Vital statistics of India. Vol. IV, Annual returns from 1871 to 1876. British Army of India, Native Army and jails of Bengal
Year: 1871
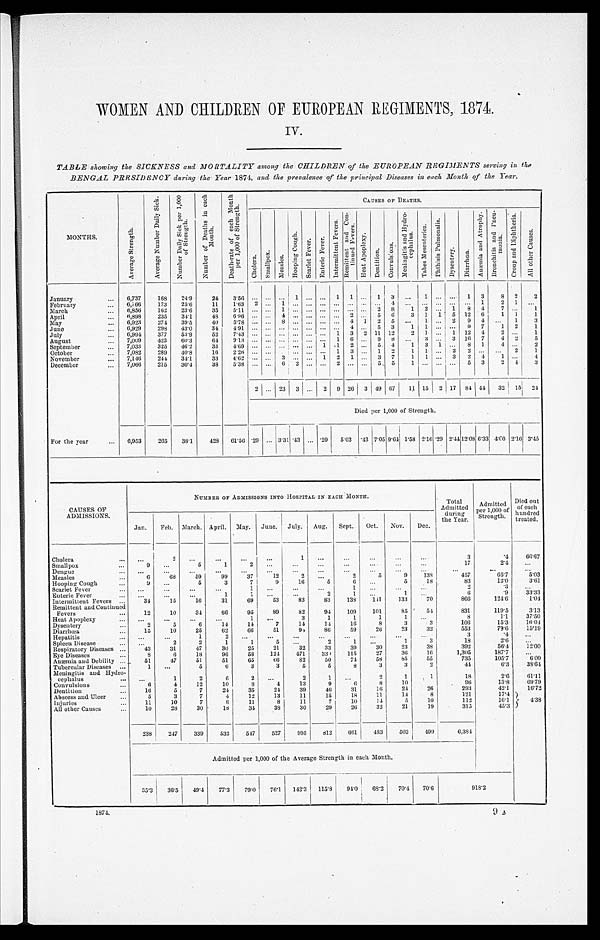
WOMEN AND CHILDREN OF EUROPEAN REGIMENTS, 1874.
IV.
TABLE showing the SICKNESS and MORTALITY among the CHILDREN of the EUROPEAN REGIMENTS serving in the
BENGAL PRESIDENCY during the Year 1874, and the prevalence of the principal Diseases in each Month of the Year.
MONTHS.
A v e r a g e S t r e n g t h .
A v e r a g e N u m b e r D a i l y S i c k .
N u m b e r D a i l y S i c k p e r 1 , 0 0 0 o f S t r e n g t h .
N u m b e r o f D e a t h s i n e a c h M o n t h .
D e a t h - r a t e o f e a c h M o n t h p e r 1 , 0 0 0 o f S t r e n g t h .
CAUSES OF DEATHS.
C h o l e r a .
S m a l l p o x .
M e a s l e s .
H o o p i n g C o u g h .
S c a r l e t F e v e r .
E n t e r i c F e v e r .
I n t e r m i t t e n t F e v e r s .
R e m i t t e n t a n d C o n - t i n u e d F e v e r s .
H e a t A p p o p l e x y .
Dent i t i on. Convul s i ons .
M e n i n g i t i s a n d H y d r o - c e p h a l u s .
T a b e s M e s e n t e r i c a .
P h t h i s i s P u l m o n a l i s .
D y s e n t e r y .
D i a r r h œ a .
A n æ m i a a n d A t r o p h y .
B r o n c h i t i s a n d P n e u - m o n i a .
C r o u p a n d D i p h t h e r i a .
A l l o t h e r C a u s e s .
January . . .
6,737
168
24.9
24
3.56
. . .
. . .
. . . 1
. . .
. . . 1
1
. . . 1
3
. . .
1 . . .
. . .
1
3
8
2
2
February . . .
6,766
173
25.6
1 1
1 . 6 3
2
. . .
1
. . .
. . .
. . .
. . .
. . .
. . .. . .
4
. . .
. . . . . .
. . .
. . . 1
2
1
. . .
March . . .
6, 856
162
23.6
3 5
5 . 1 1
. . .
. . .
1
. . .
. . .
. . .
. . .
. . .
. . . 2
8
1
2 . . .
1
8
4
7
. . .
1
April . . .
6,898
235
34.1
48
6.96
. . .
. . .
4
. . .
. . .
. . .
. . .
2
. . .5
6
3
1
1
5
12
6
1
1
1
May . . .
6,923
274
39.5
40
5.78
. . .
. . . 8
. . .
. . .
. . .
. . .
4
1
2
5
. . .
1 . . .
2
9
4
. . .
1
3
June . . .
6,929
298
43.0
3 4
4 . 9 1
. . .
. . .
. . .
. . .
. . .
. . .
. . .
4
. . .5
3
1
1 . . .
. . .
9
7
1
2
1
July . . .
6,994
377
53.9
52
7.43
. . .
. . .
. . .
. . .
. . .
. . . 1
3
2 11 12
2
1 . . .
1
12
4
2
. . .
1
August . . .
7,009
423
60.3
64
9.13
. . .
. . .
. . .
. . .
. . .
. . . 1
6
. . . 9
8
. . .
3 . . .
3
16
7
4
2
5
September . . .
7,033
325
46. 2
33
4.69
. . .
. . .
. . .
. . .
. . . 1
1
2
. . . 5
4
1
3
1
. . .
8
1
4
. . .
2
October . . .
7,082
289
40.8
16
2.26
. . .
. . .
. . .
. . .
. . .
. . . 1
3
. . . 1
2
1
1 . . .
2
2
. . .
. . .
2
1
November . . .
7,146
244
34.1
33
4.62
. . .
. . . 3
. . .
. . . 1
2
1
. . . 3
7
1
1 . . .
3
2
4
1
. . .
4
December . . .
7,066
215
30.4
38
5.38
. . .
. . . 6
2
. . .
. . . 2
. . .
. . . 5
5
1
. . . . . .
. . .
5
3
2
4
3
2
. . . 23
3
. . . 2
9 26
3 49 67
11 15
2 17
84 44
32
15
24
Died per 1,000 of Strength.
For the year . . .
6,953
265
38.1
428
61.56 .29
. . . 3.31 .43
. . . .29
5.03 .43 7.05 9.64 1.58 2.16 .29
2 . 4 4
1 2 . 0 8
6.33
4 . 6 0 2.16 3.45
CAUSES OF
ADMISSIONS.
NUMBER OF ADMISSIONS INTO HOSPITAL IN EACH MONTH.
Total
Admitted
during
the Year.
Admitted
per 1,000 of
Strength.
Died out
of each
hundred
treated.
Jan.
Feb.
March. April.
May.
June.
July.
Aug.
Sept.
Oct.
Nov.
Dec.
Cholera . . .
. . .
2
. . .
. . .
. . .
. . .
1
. . .
. . .
. . .
. . .
. . .
3
. 4
66.67
Smallpox . . .
9
. . .
5
1
2
. . .
. . .
. . .
. . .
. . .
. . .
. . .
17
2.4
. . .
Dengue . . .
. . .
. . .
. . .
. . .
. . .
. . .
. . .
. . .
. . .
. . .
. . .
. . .
. . .
. . .
. . .
Measles . . .
6
68
59
99
37
12
2
. . .
2
5
9
138
457
65.7
5.03
Hooping Cough . . .
9
. . .
5
3
7
9
16
5
6
. . .
5
18
83
12.0
3.61
Scarlet Fever . . .
. . .
. . .
. . .
. . .
1
. . .
. . .
. . .
1
. . .
. . .
. . .
2
.3
. . .
Enteric Fever . . .
. . .
. . .
. . .
1
1
. . .
. . .
2
1
. . .
1
. . .
6
. 9
33.33
Intermittent Fevers . . .
34
15
16
31
69
53
83
83
138
141
133
70
866
124.6
1.04
Remittent and Continued
Fevers . . .
12
10
34
66
95
89
82
94
109
101
85
54
831
119.5
3.13
Heat Apoplexy . . .
. . .
. . .
. . .
. . .
1
. . .
3
1
1
1
1
. . .
8
1.1
37.50
D y s e n t e r y . . .
2
5
6
14
14
7
14
14
16
8
3
3
106
15.3
16.04
D i a r r h œ a . . .
15
10
25
62
66
51
93
86
59
26
23
32
553
79.6
15.19
Hepatitis . . .
. . .
. . .
1
2
. . .
. . .
. . .
. . .
. . .
. . .
. . .
. . .
3
.4
. . .
Spleen Disease . . .
. . .
2
2
1
1
5
. . .
2
1
. . .
1
3
18
2.6
. . .
Respiratory Diseases . . .
43
31
47
30
25
21
32
33
39
30
23
38
392
56.4
12.00
Eye Diseases . . .
8
6
18
96
58
124
471
330
115
27
36
16
1,305
187.7
. . .
Anæmia and Debility . . .
51
47
51
51
65
66
82
50
74
58
85
55
735
105.7
6.00
Tubercular Diseases . . .
1
. . .
5
6
3
3
5
5
8
3
3
2
44
6.3
38.64
Meningitis and Hydro-
cephalus . . .
. . .
1
2
6
2
. . .
2
1
. . .
2
1
1
18
2.6
61.11
Convulsions . . .
6
4
12
10
8
4
13
9
6
8
10
96
13.8
69.79
D e n t i t i o n . . .
16
5
7
24
35
24
39
46
31
16
24
26
293
42.1
16.72
Abscess and Ulcer . . .
5
3
7
4
12
13
11
15
18
11
14
8
121
17.4
4 . 3 8
Injuries . . .
11
10
7
8
11
8
11
7
10
14
5
10
112
16.]
All other Causes . . .
10
28
30
18
34
38
30
29
26
32
21
19
315
4 5 . 3
238
247
339
533
547
527
995
812
661
483
503
499
6,384
Admitted per 1,000 of the Average Strength in each Month.
35.3
36.5
49.4
77.3
79.0
76.1
142.3
115.8
94.0
6 8 . 2
70.4
70.6
918.2
1874.
9 A